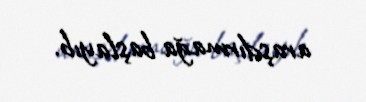
araşdırmağa başlayıb.